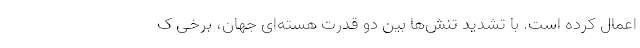
اعمال کرده‌ است. با تشدید تنش‌ها بین دو قدرت هسته‌ای جهان، برخی ک